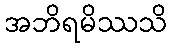
အဘိရမိဿသိ